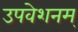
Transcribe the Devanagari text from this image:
उपवेशनम्